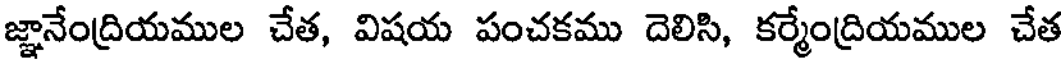
జ్ఞానేంద్రియముల చేత, విషయ పంచకము దెలిసి, కర్మేంద్రియముల చేత